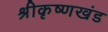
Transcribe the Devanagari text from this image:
श्रीकृष्णखंड